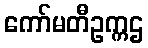
ကော်မတီဥက္ကဌ